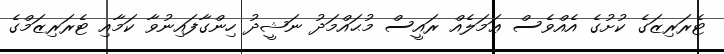
ޓެރަރިޒަގެ ކުށުގެ އެއްވެސް ޢަމަލެއް ރައީސް މުޙައްމަދު ނަޝީދު ހިންގާފައިނުވާ ކަމާއި ޓެރަރިޒަމްގެ